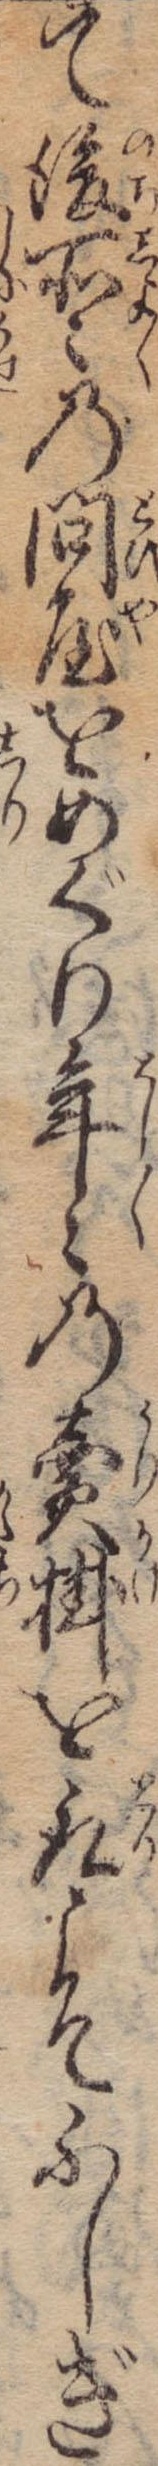
て後所々の問屋をめぐり年々の売掛を取こそふしぎ